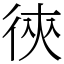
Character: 㣣